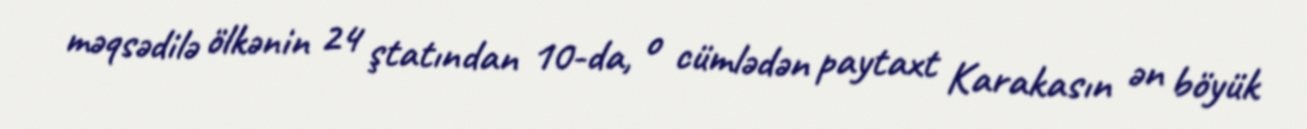
məqsədilə ölkənin 24 ştatından 10-da, o cümlədən paytaxt Karakasın ən böyük